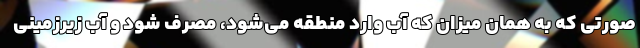
صورتی که به همان میزان که آب وارد منطقه می‌شود، مصرف شود و آب زیرزمینی